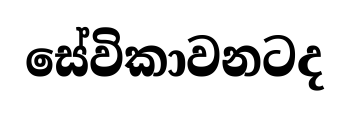
සේවිකාවනටද